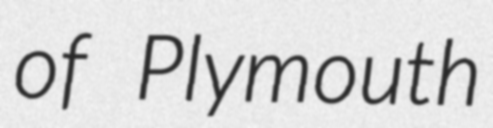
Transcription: of Plymouth